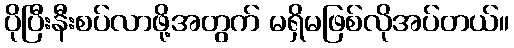
ပိုပြီးနီးစပ်လာဖို့အတွက် မရှိမဖြစ်လိုအပ်တယ်။